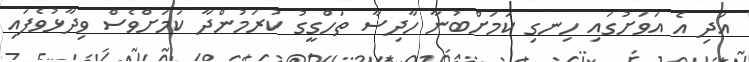
އަދި އެ އަވަށުގައި ހިނގި ކަމަށްބުނާ ހާދިސާ ތަހްގީގު ކުރަމުންދާ ކަމަށްވެސް ވިދާޅުވެފައި